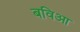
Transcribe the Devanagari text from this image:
बविआ